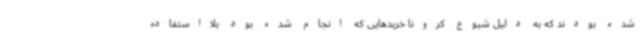
شده بودند که به دلیل شیوع کرونا خریدهایی که انجام شده بود بلااستفاده